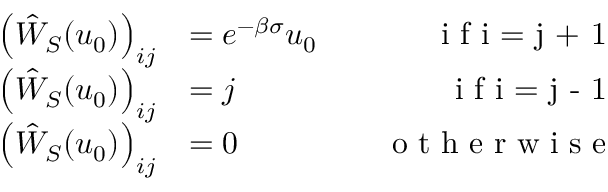
\begin{array} { r l r } { \left( \hat { W } _ { S } ( u _ { 0 } ) \right) _ { i j } } & { = e ^ { - \beta \sigma } u _ { 0 } \quad } & { \textrm { i f i = j + 1 } } \\ { \left( \hat { W } _ { S } ( u _ { 0 } ) \right) _ { i j } } & { = j \quad } & { \textrm { i f i = j - 1 } } \\ { \left( \hat { W } _ { S } ( u _ { 0 } ) \right) _ { i j } } & { = 0 \quad } & { \textrm { o t h e r w i s e } } \end{array}